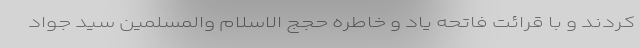
کردند و ‌‌با قرائت فاتحه یاد و خاطره حجج الاسلام والمسلمین سید جواد